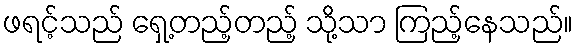
ဖရင့်သည် ရှေ့တည့်တည့် သို့သာ ကြည့်နေသည်။